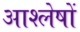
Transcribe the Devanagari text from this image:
आश्लेषों